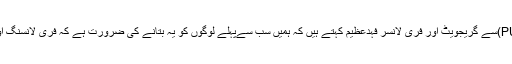
پی یو سی آئی ٹی (PUCIT)سے گریجویٹ اور فری لانسر فہدعظیم کہتے ہیں کہ ہمیں سب سےپہلے لوگوں کو یہ بتانے کی ضرورت ہے کہ فری لانسنگ اور کاروبار کتنے اہم ہیں۔